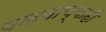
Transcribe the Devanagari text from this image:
यादवांच्याही